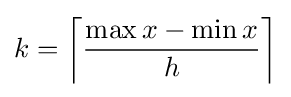
k=\left\lceil {\frac {\max x-\min x}{h}}\right\rceil